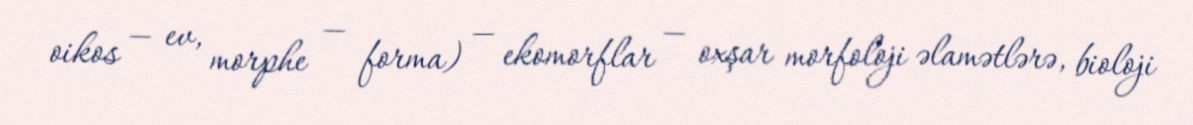
oikos — ev, morphe — forma) — ekomorflar — oxşar morfoloji əlamətlərə, bioloji